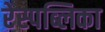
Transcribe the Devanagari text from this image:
रेस्पब्लिका